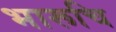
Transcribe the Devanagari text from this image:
भारूचि